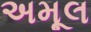
અમૂલ